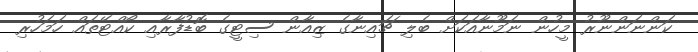
ކަންނަންނޫރު މީހުން ނަމޫނާއަކަށް ބެލި ޗައިނާގެ ޒިއާން ސިޓީގެ ބޮޑުފާރާއި ކޯއްޓޭތައް ހަމަހުރި